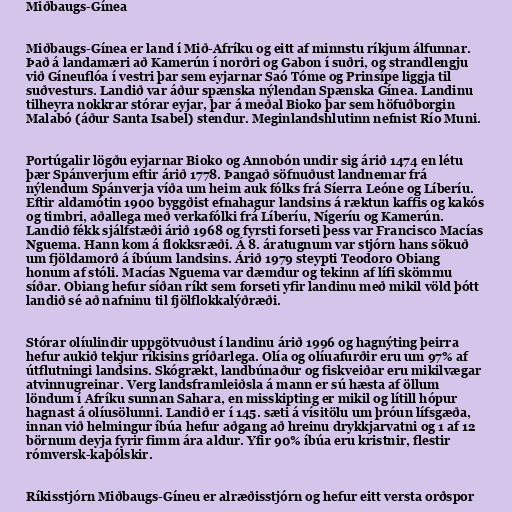
Miðbaugs-Gínea

Miðbaugs-Gínea er land í Mið-Afríku og eitt af minnstu ríkjum álfunnar.
Það á landamæri að Kamerún í norðri og Gabon í suðri, og strandlengju
við Gíneuflóa í vestri þar sem eyjarnar Saó Tóme og Prinsípe liggja til
suðvesturs. Landið var áður spænska nýlendan Spænska Gínea. Landinu
tilheyra nokkrar stórar eyjar, þar á meðal Bioko þar sem höfuðborgin
Malabó (áður Santa Isabel) stendur. Meginlandshlutinn nefnist Río Muni.

Portúgalir lögðu eyjarnar Bioko og Annobón undir sig árið 1474 en létu
þær Spánverjum eftir árið 1778. Þangað söfnuðust landnemar frá
nýlendum Spánverja víða um heim auk fólks frá Síerra Leóne og Líberíu.
Eftir aldamótin 1900 byggðist efnahagur landsins á ræktun kaffis og kakós
og timbri, aðallega með verkafólki frá Líberíu, Nígeríu og Kamerún.
Landið fékk sjálfstæði árið 1968 og fyrsti forseti þess var Francisco Macías
Nguema. Hann kom á flokksræði. Á 8. áratugnum var stjórn hans sökuð
um fjöldamorð á íbúum landsins. Árið 1979 steypti Teodoro Obiang
honum af stóli. Macías Nguema var dæmdur og tekinn af lífi skömmu
síðar. Obiang hefur síðan ríkt sem forseti yfir landinu með mikil völd þótt
landið sé að nafninu til fjölflokkalýðræði.

Stórar olíulindir uppgötvuðust í landinu árið 1996 og hagnýting þeirra
hefur aukið tekjur ríkisins gríðarlega. Olía og olíuafurðir eru um 97% af
útflutningi landsins. Skógrækt, landbúnaður og fiskveiðar eru mikilvægar
atvinnugreinar. Verg landsframleiðsla á mann er sú hæsta af öllum
löndum í Afríku sunnan Sahara, en misskipting er mikil og lítill hópur
hagnast á olíusölunni. Landið er í 145. sæti á vísitölu um þróun lífsgæða,
innan við helmingur íbúa hefur aðgang að hreinu drykkjarvatni og 1 af 12
börnum deyja fyrir fimm ára aldur. Yfir 90% íbúa eru kristnir, flestir
rómversk-kaþólskir.

Ríkisstjórn Miðbaugs-Gíneu er alræðisstjórn og hefur eitt versta orðspor